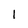
Character: I